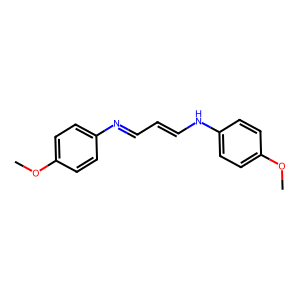
SMILES: COc1ccc(N=CC=CNc2ccc(OC)cc2)cc1
Inhibits HIV replication: No